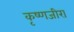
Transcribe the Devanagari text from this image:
कृष्णजीरा